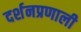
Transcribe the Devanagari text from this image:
दर्शनप्रणाली